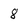
Character: 8